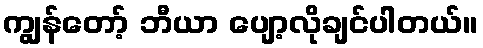
ကျွန်တော့် ဘီယာ ပျော့လိုချင်ပါတယ်။